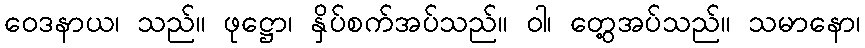
ဝေဒနာယ၊ သည်။ ဖုဋ္ဌော၊ နှိပ်စက်အပ်သည်။ ဝါ၊ တွေ့အပ်သည်။ သမာနော၊